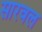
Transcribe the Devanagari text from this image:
सारवल